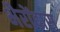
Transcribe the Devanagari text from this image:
भैरोंदास